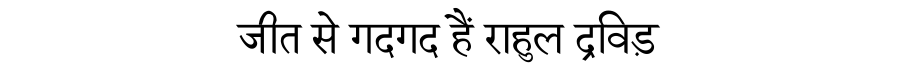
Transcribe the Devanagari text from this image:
जीत से गदगद हैं राहुल द्रविड़